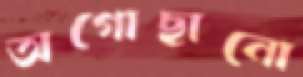
অগোছানো